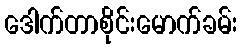
ဒေါက်တာစိုင်းမောက်ခမ်း